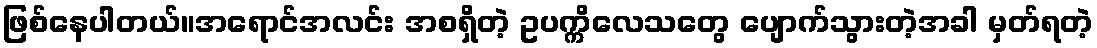
ဖြစ်နေပါတယ်။အရောင်အလင်း အစရှိတဲ့ ဥပက္ကိလေသတွေ ပျောက်သွားတဲ့အခါ မှတ်ရတဲ့